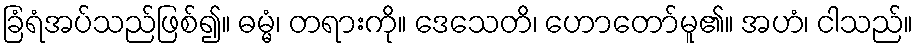
ခြံရံအပ်သည်ဖြစ်၍။ ဓမ္မံ၊ တရားကို။ ဒေသေတိ၊ ဟောတော်မူ၏။ အဟံ၊ ငါသည်။